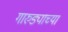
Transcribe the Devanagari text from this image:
गारुड्याच्या